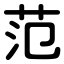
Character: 范